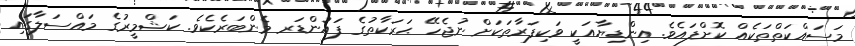
މަސައްކަތްތަކެއް ކޮށްފައެވެ. އިންޑިޔާއަކީ ވަކިފަރާތަކަށް ނުޖެހޭ ޙަރަކާތުގެ ފައުންޑަރ މެންބަރެކެވެ. ކަޝްމީރުގެ މައްސަލާގައި